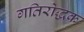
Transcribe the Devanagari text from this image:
गतिरोद्धक